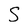
Character: S